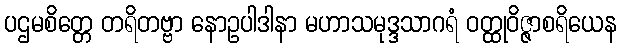
ပဌမစိတ္တေ တရိတဗ္ဗာ နောဥပါဒါနာ မဟာသမုဒ္ဒသာဂရံ ဝတ္ထုဝိဇ္ဇာစရိယေန